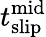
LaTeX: t_{\mathrm{slip}}^{\mathrm{mid}}